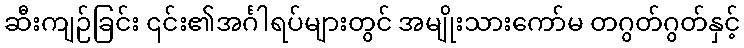
ဆီးကျဉ်ခြင်း ၎င်း၏အင်္ဂါရပ်များတွင် အမျိုးသားကော်မ တဂွတ်ဂွတ်နှင့်